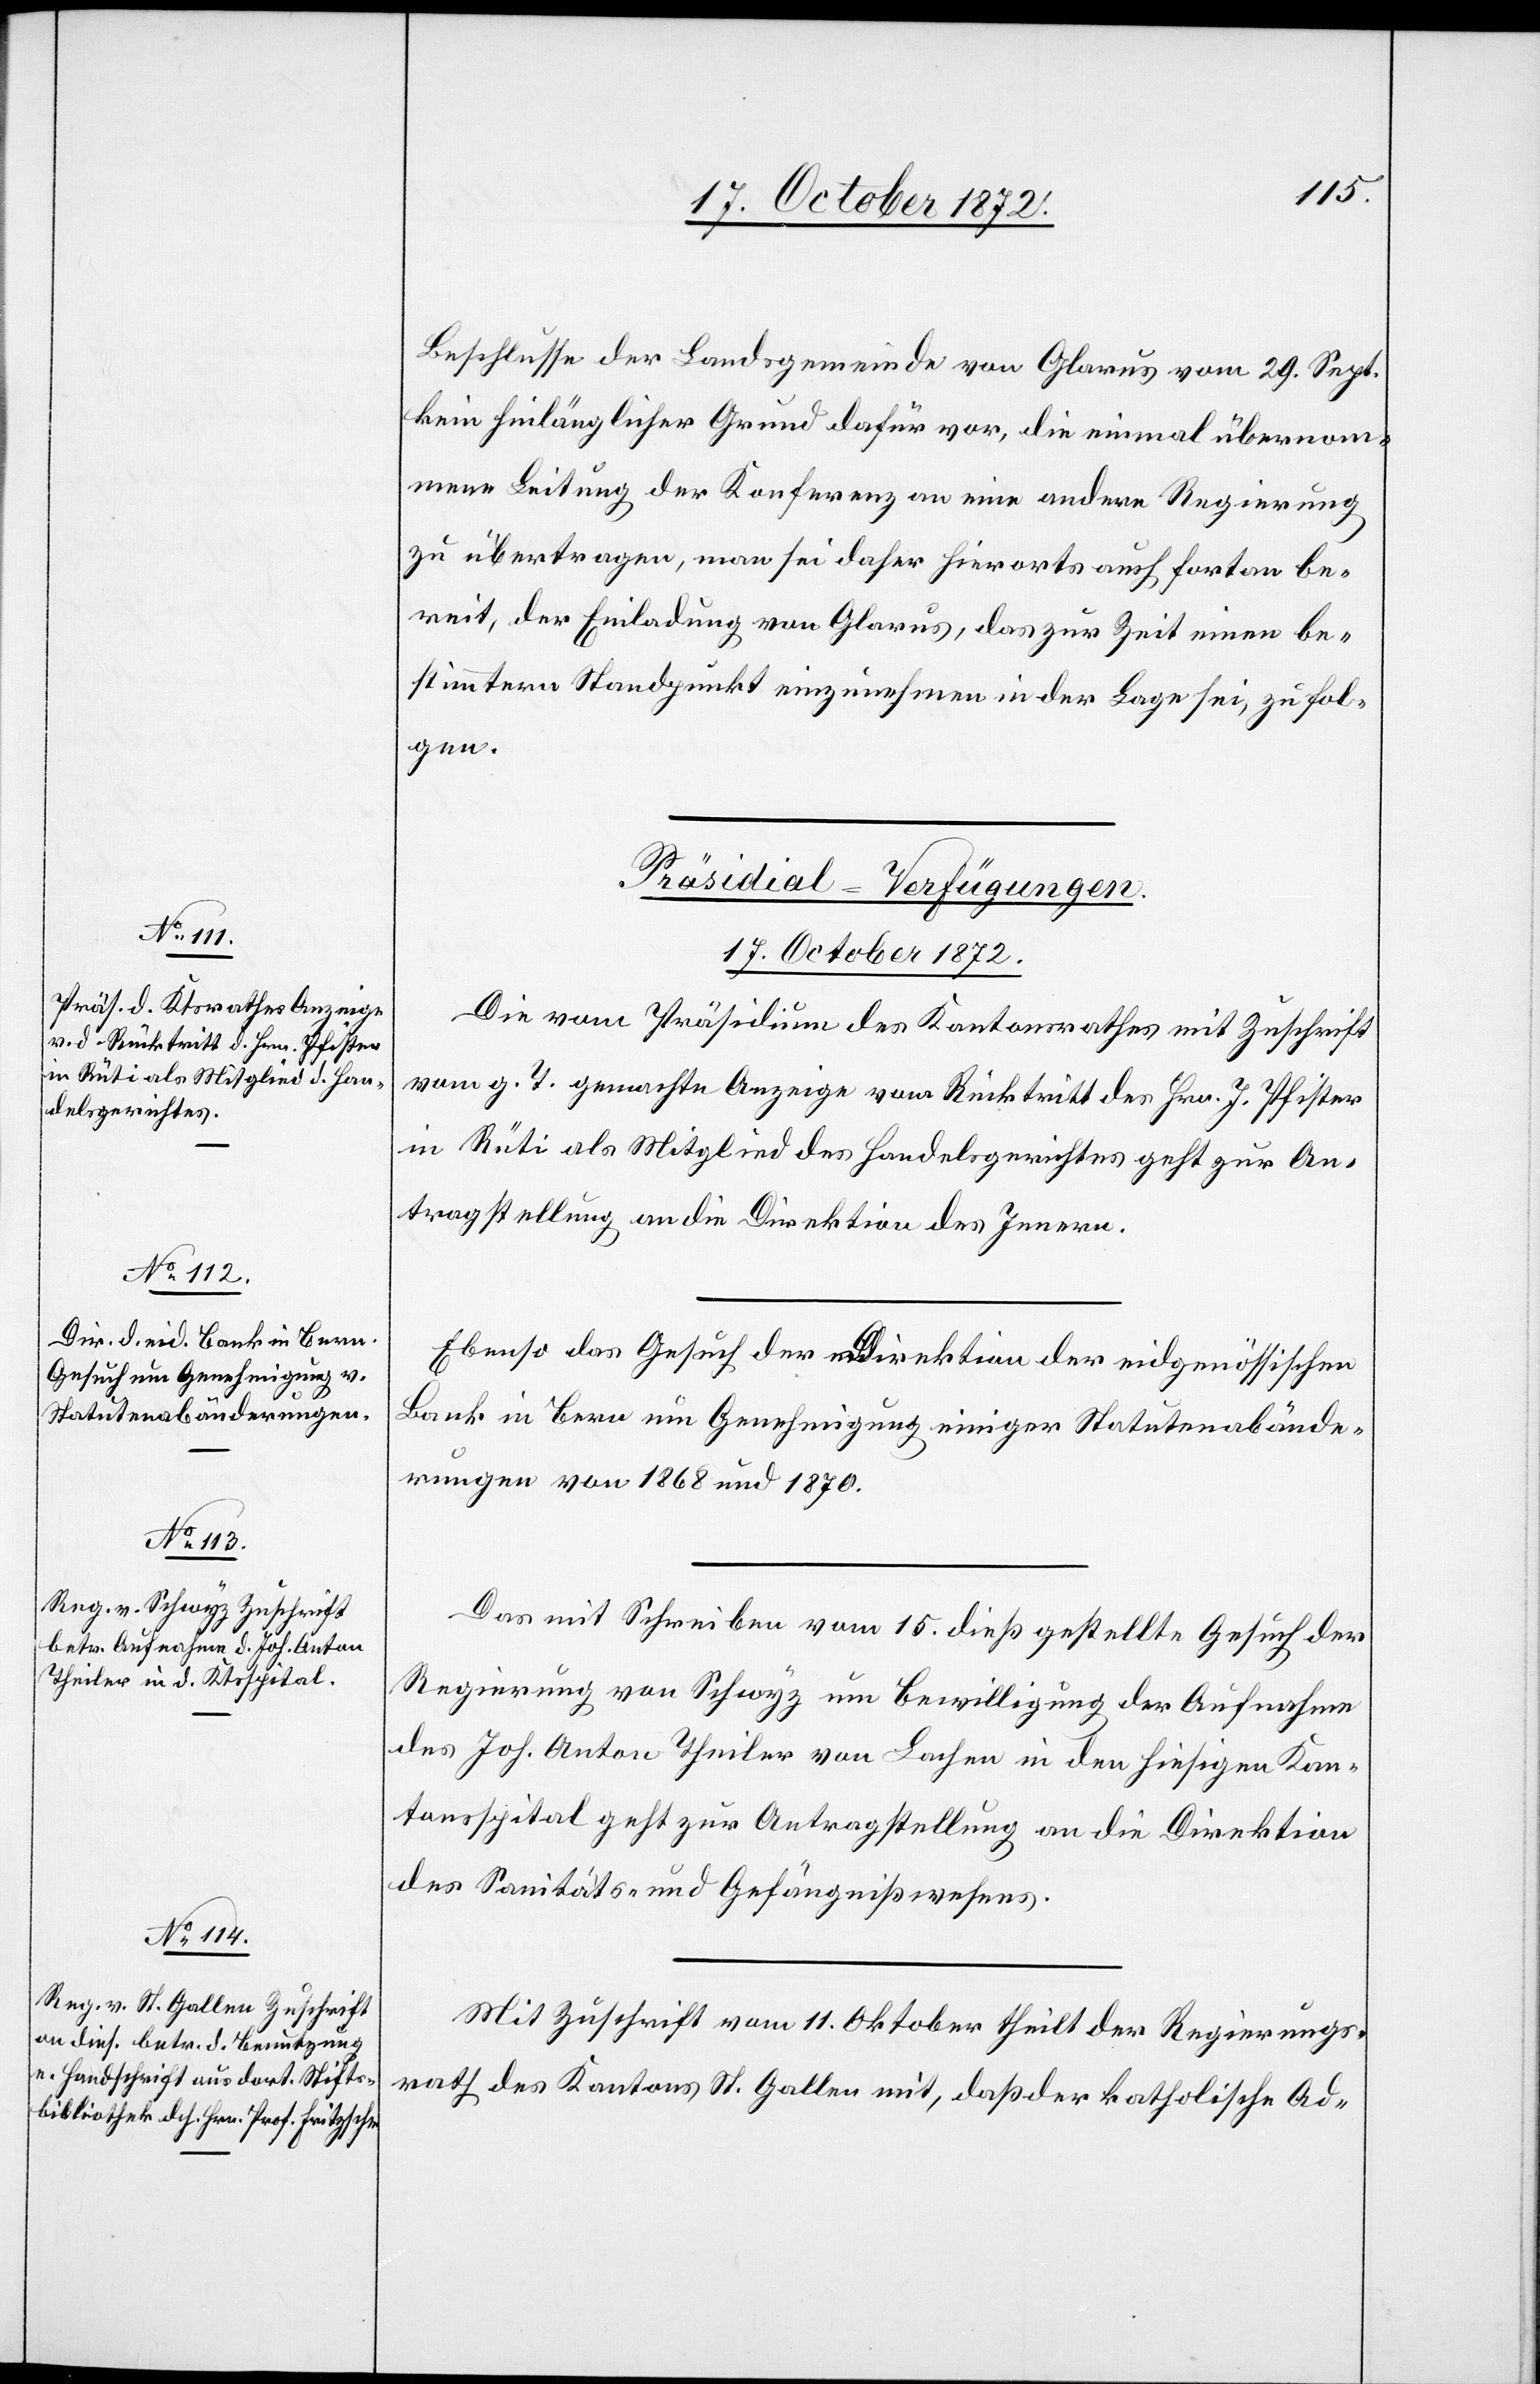
17. October 1872.]
Beschlusse der Landsgemeinde von Glarus vom 29. Sept.
kein hinlänglicher Grund dafür vor, die einmal übernom¬
mene Leitung der Konferenz an eine andere Regierung
zu übertragen, man sei daher hierorts auch fortan be¬
reit, der Einladung von Glarus, das zur Zeit einen be¬
stimmtern Standpunkt einzunehmen in der Lage sei, zu fol¬
gen.
[Präsidial-Verfügungen.
17. October 1872.
Die vom Präsidium des Kantonsrathes mit Zuschrift
vom g. T. gemachte Anzeige vom Rücktritt des Hrn. J. Pfister
in Rüti als Mitglied des Handelsgerichtes geht zur An¬
tragstellung an die Direktion des Innern.
Ebenso das Gesuch der Direktion der eidgenössischen
Bank in Bern um Genehmigung einiger Statutenabände¬
rungen von 1868 und 1870.
Das mit Schreiben vom 15. dieß gestellte Gesuch der
Regierung von Schwyz um Bewilligung der Aufnahme
des Joh. Anton Theiler von Lachen in den hiesigen Kan¬
tonsspital geht zur Antragstellung an die Direktion
des Sanitäts- u. Gefängnißwesens.
Mit Zuschrift vom 11. Oktober theilt der Regierungs¬
rath des Kantons St. Gallen mit, daß der katholische Ad-